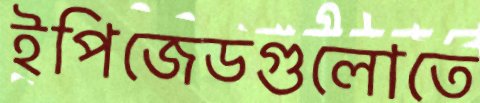
ইপিজেডগুলোতে